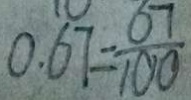
0 . 6 7 = \frac { 6 7 } { 1 0 0 }